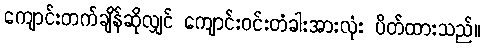
ကျောင်းတက်ချိန်ဆိုလျှင် ကျောင်းဝင်းတံခါးအားလုံး ပိတ်ထားသည်။